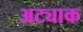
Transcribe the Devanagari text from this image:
अट्याक